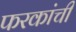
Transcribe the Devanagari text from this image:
फरकांची